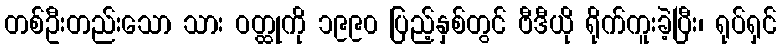
တစ်ဦးတည်းသော သား ဝတ္ထုကို ၁၉၉၀ ပြည့်နှစ်တွင် ဗီဒီယို ရိုက်ကူးခဲ့ပြီး၊ ရုပ်ရှင်